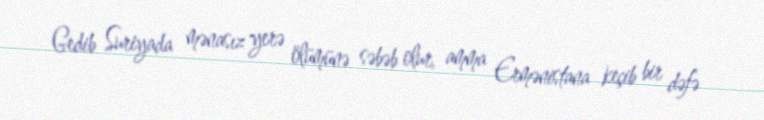
Gedib Suriyada mənasız yerə ölümünə səbəb olur, amma Ermənistana keçib bir dəfə